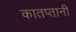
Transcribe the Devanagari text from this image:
कातप्तानी